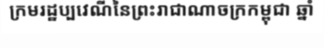
ក្រមរដ្ឋប្បវេណីនៃព្រះរាជាណាចក្រកម្ពុជា ឆ្នាំ